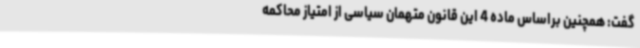
گفت: همچنین براساس ماده 4 این قانون متهمان سیاسی از امتیاز محاکمه